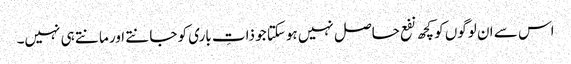
اس سے ان لوگوں کو کچھ نفع حاصل نہیں ہوسکتا جو ذاتِ باری کو جانتے اور مانتے ہی نہیں۔